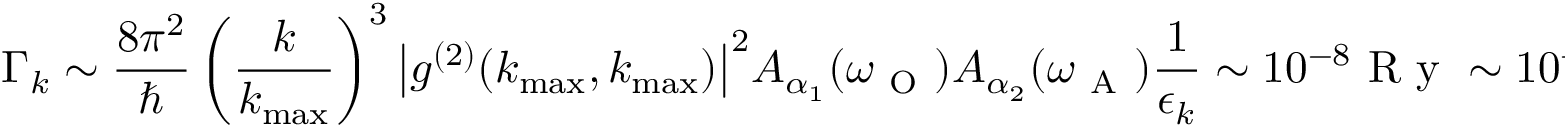
\Gamma _ { k } \sim \frac { 8 \pi ^ { 2 } } { \hbar } \left( \frac { k } { k _ { \operatorname* { m a x } } } \right) ^ { 3 } \big | g ^ { ( 2 ) } ( k _ { \operatorname* { m a x } } , k _ { \operatorname* { m a x } } ) \big | ^ { 2 } A _ { \alpha _ { 1 } } ( \omega _ { \mathrm { ~ O ~ } } ) A _ { \alpha _ { 2 } } ( \omega _ { \mathrm { ~ A ~ } } ) \frac { 1 } { \epsilon _ { k } } \sim 1 0 ^ { - 8 } \mathrm { ~ R ~ y ~ } \sim 1 0 ^ { - 4 } \mathrm { ~ p ~ s ~ } ^ { - 1 }